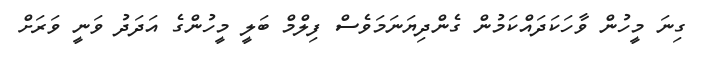
ގިނަ މީހުން ވާހަކަދައްކަމުން ގެންދިޔަނަމަވެސް ފިލްމް ބަލީ މީހުންގެ އަދަދު ވަނީ ވަރަށް